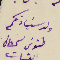
ولد سَيادتكم طنوس سمعان القبيات